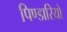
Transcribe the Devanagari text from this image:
पिण्डारियों